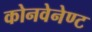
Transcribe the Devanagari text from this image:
कोनवेनेण्ट